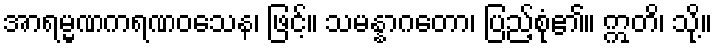
အာရမ္မဏကရဏဝသေန၊ ဖြင့်။ သမန္နာဂတော၊ ပြည့်စုံ၏။ ဣတိ၊ သို့။